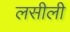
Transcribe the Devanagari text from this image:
लसीली